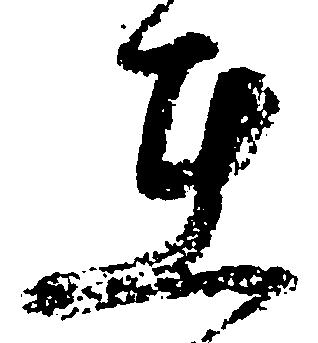
在